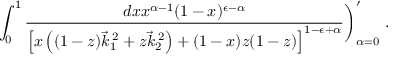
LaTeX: \int _ { 0 } ^ { 1 } \frac { d x x ^ { \alpha - 1 } ( 1 - x ) ^ { \epsilon - \alpha } } { \left[ x \left( ( 1 - z ) \vec { k } _ { 1 } ^ { \: 2 } + z \vec { k } _ { 2 } ^ { \: 2 } \right) + ( 1 - x ) z ( 1 - z ) \right] ^ { 1 - \epsilon + \alpha } } \biggr ) _ { \alpha = 0 } ^ { \prime } ~ .